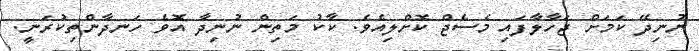
ނުނިދޭ ކަމަށް ޖަހާލާފައި މެސެޖް ކޮށްލިއެވެ. ކާކު މަތިން ނުނިދާ އޮވެ ހަނދާންތިކުރަނީ.